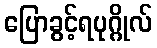
ပြောခွင့်ရပုဂ္ဂိုလ်